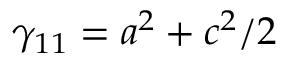
\gamma _ { 1 1 } = a ^ { 2 } + c ^ { 2 } / 2